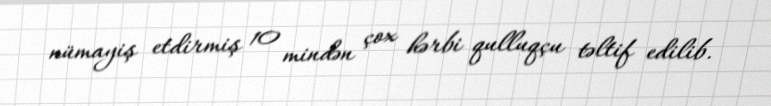
nümayiş etdirmiş 10 mindən çox hərbi qulluqçu təltif edilib.